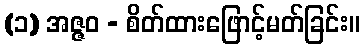
(၁) အဇ္ဇဝ - စိတ်ထားဖြောင့်မတ်ခြင်း။